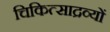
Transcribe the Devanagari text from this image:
चिकित्साद्रव्यों